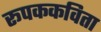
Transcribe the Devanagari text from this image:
रूपककविता